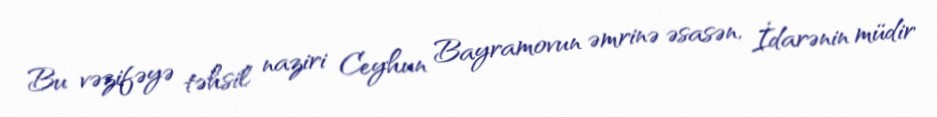
Bu vəzifəyə təhsil naziri Ceyhun Bayramovun əmrinə əsasən, İdarənin müdir